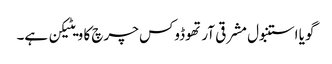
گویا استنبول مشرقی آرتھوڈوکس چرچ کا ویٹیکن ہے۔